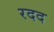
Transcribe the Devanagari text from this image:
रदद